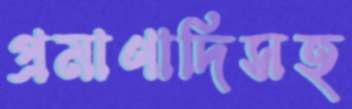
প্রমাণাদিসহ